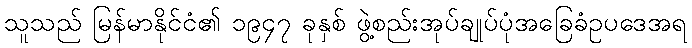
သူသည် မြန်မာနိုင်ငံ၏ ၁၉၄၇ ခုနှစ် ဖွဲ့စည်းအုပ်ချုပ်ပုံအခြေခံဥပဒေအရ